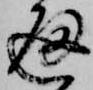
通